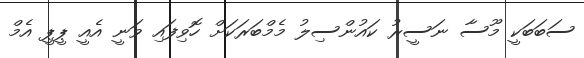
ސަބަބަކީ މޫސާ ނަސީރު ކައުންސިލު މެމްބަރަކަށް ހޮވިފައި ވަނީ އެއީ ޕީޕީ އެމް